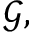
\mathcal { G } ,